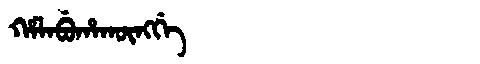
Manchu: ᡥᠠᠯᠠᠪᡠᡥᠠᡴᡡᠩᡤᡝ
Romanization: HALABUHAKŪNGGE